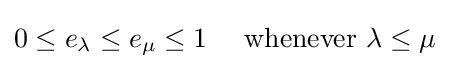
0\leq e_{\lambda }\leq e_{\mu }\leq 1\quad {\mbox{ whenever }}\lambda \leq \mu